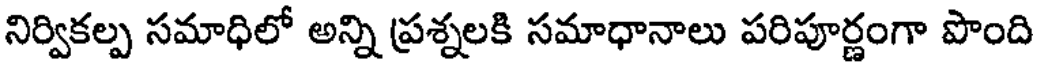
నిర్వికల్ప సమాధిలో అన్ని ప్రశ్నలకి సమాధానాలు పరిపూర్ణంగా పొంది